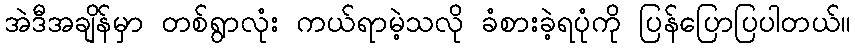
အဲဒီအချိန်မှာ တစ်ရွာလုံး ကယ်ရာမဲ့သလို ခံစားခဲ့ရပုံကို ပြန်ပြောပြပါတယ်။